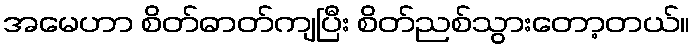
အမေဟာ စိတ်ဓာတ်ကျပြီး စိတ်ညစ်သွားတော့တယ်။